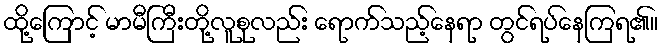
ထို့ကြောင့် မာမီကြီးတို့လူစုလည်း ရောက်သည့်နေရာ တွင်ရပ်နေကြရ၏။